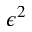
\epsilon ^ { 2 }